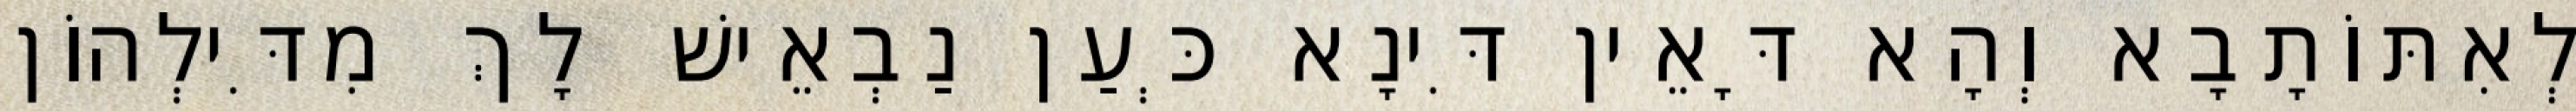
לְאִתּוֹתָבָא וְהָא דָּאֵין דִּינָא כְּעַן נַבְאֵישׁ לָךְ מִדִּילְהוֹן